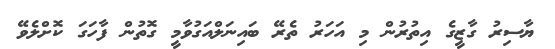
ޔާސިރު ގާޒީގެ އިތުރުން މި އަހަރު ތެރޭ ބައިނަލްއަގުވާމީ ގޮތުން ފާހަގަ ކޮށްލެވޭ